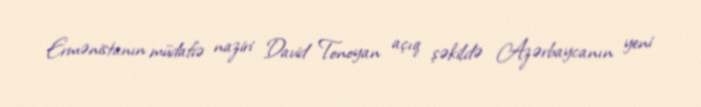
Ermənistanın müdafiə naziri David Tonoyan açıq şəkildə Azərbaycanın yeni